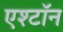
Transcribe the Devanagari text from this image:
एश्टॉन